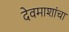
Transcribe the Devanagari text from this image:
देवमाशांचा